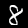
Digit: 8